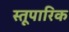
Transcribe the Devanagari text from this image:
स्तूपारिक